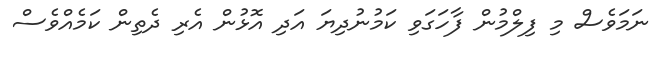
ނަމަވެސް މި ފިލްމުން ފާހަގަވި ކަމުނުދިޔަ އަދި އޮޅުން އެރި ދެތިން ކަމެއްވެސް